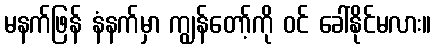
မနက်ဖြန် နံနက်မှာ ကျွန်တော့်ကို ဝင် ခေါ်နိုင်မလား။